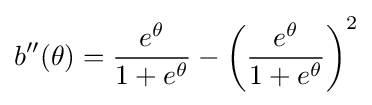
b''(\theta )={\frac {e^{\theta }}{1+e^{\theta }}}-\left({\frac {e^{\theta }}{1+e^{\theta }}}\right)^{2}